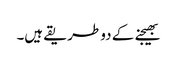
بھیجنے کے دو طریقے ہیں۔